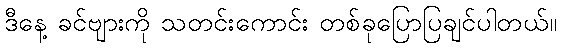
ဒီနေ့ ခင်ဗျားကို သတင်းကောင်း တစ်ခုပြောပြချင်ပါတယ်။